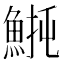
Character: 𫙡